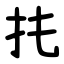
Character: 扥